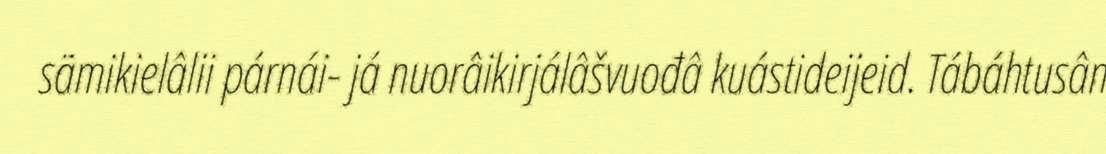
sämikielâlii párnái- já nuorâikirjálâšvuođâ kuástideijeid. Tábáhtusân